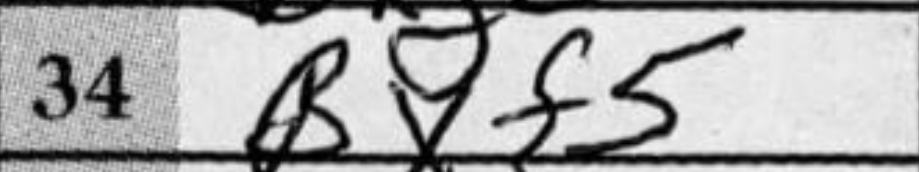
Transcription: Bxf5